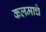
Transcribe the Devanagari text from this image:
कलमाचे